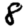
Digit: 8